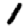
Digit: 1